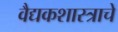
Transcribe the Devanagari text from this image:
वैद्यकशास्त्राचे